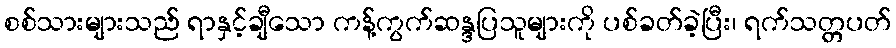
စစ်သားများသည် ရာနှင့်ချီသော ကန့်ကွက်ဆန္ဒပြသူများကို ပစ်ခတ်ခဲ့ပြီး၊ ရက်သတ္တပတ်